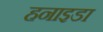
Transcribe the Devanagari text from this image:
हनाइडा